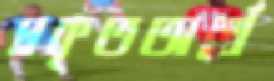
প্রকৃতঅর্থে